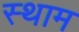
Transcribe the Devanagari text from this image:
स्थाम